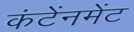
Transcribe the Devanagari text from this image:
कंटेंनमेंट